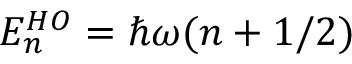
E _ { n } ^ { H O } = \hbar \omega ( n + 1 / 2 )